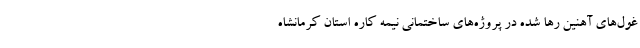
غول‌های آهنین رها شده در پروژه‌های ساختمانی نیمه کاره استان کرمانشاه